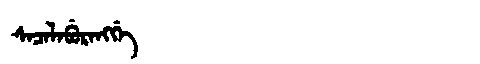
Manchu: ᠰᠠᠴᠠᠯᠠᠪᡠᡵᠠᠩᡤᡝ
Romanization: SACALABURANGGE